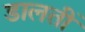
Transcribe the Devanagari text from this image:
डालतीं